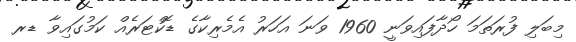
މިބަލި ފުރަތަމަ ހޯދާފައިވަނީ 1960 ވަނަ އަހަރު އެމެރިކާގެ ޑޮކްޓަރެއް ކަމުގައިވާ ޑރ